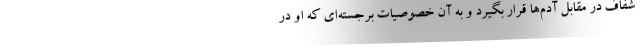
شفاف در مقابل آدم‌ها قرار بگیرد و به آن خصوصیات برجسته‌ای که او در